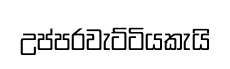
උප්පරවැට්ටියකැයි